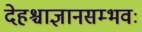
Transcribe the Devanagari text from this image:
देहश्चाज्ञानसम्भवः